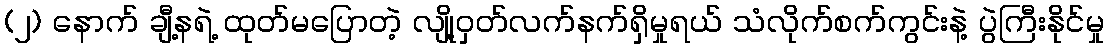
(၂) နောက် ချီ့နရဲ့ ထုတ်မပြောတဲ့ လျို့ဝှတ်လက်နက်ရှိမှုရယ် သံလိုက်စက်ကွင်းနဲ့ ပွဲကြီးနိုင်မှု